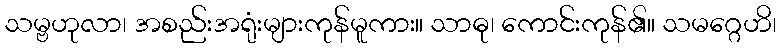
သမ္ဗဟုလာ၊ အစည်းအရုံးများကုန်မူကား။ သာဓု၊ ကောင်းကုန်၏။ သမဂ္ဂေဟိ၊